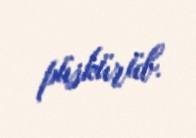
püskürüb.